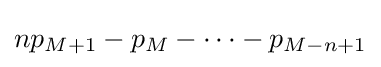
np_{M+1}-p_{M}-\dots -p_{M-n+1}